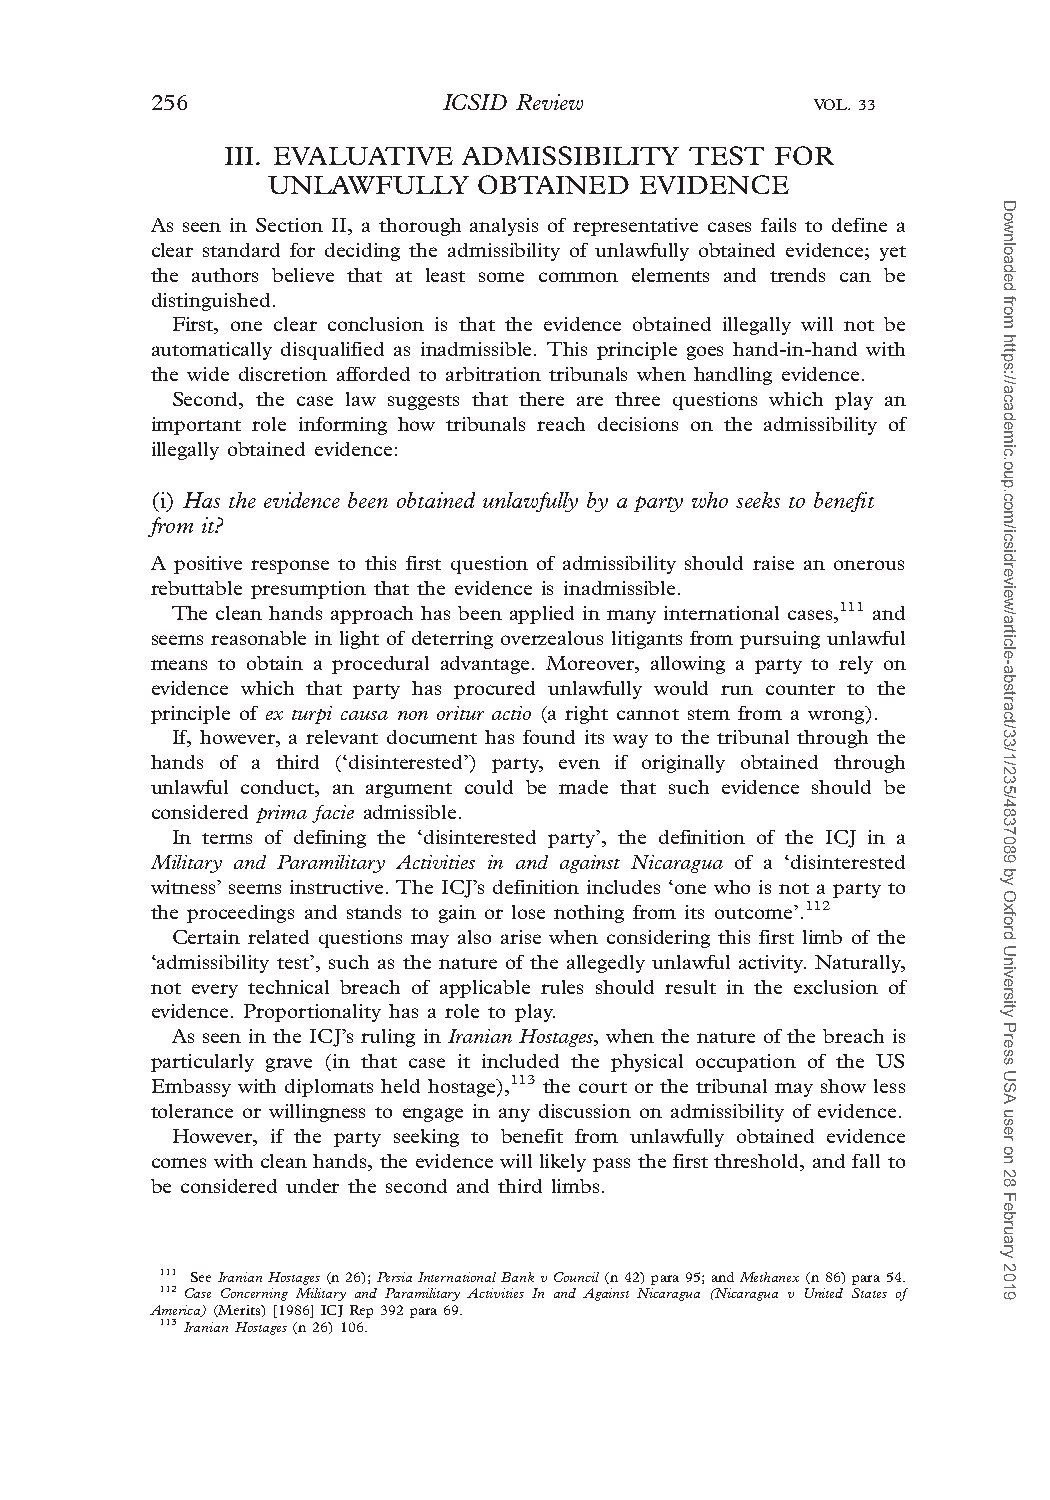
256                ICSID Review             VOL. 33
 III. EVALUATIVE ADMISSIBILITY  TEST FOR
 UNLAWFULLY    OBTAINED  EVIDENCE
 As seen in Section II, a thorough analysis of representative cases fails to define a
 clear standard for deciding the admissibility of unlawfully obtained evidence; yet
 the authors believe that at least some common elements and trends can be
 distinguished.
 First, one clear conclusion is that the evidence obtained illegally will not be
 automatically disqualified as inadmissible. This principle goes hand-in-hand with
 the wide discretion afforded to arbitration tribunals when handling evidence.
 Second, the case law suggests that there are three questions which play an
 important role informing how tribunals reach decisions on the admissibility of
 illegally obtained evidence:
 (i) Has the evidence been obtained unlawfully by a party who seeks to benefit
 from it?
 A positive response to this first question of admissibility should raise an onerous
 rebuttable presumption that the evidence is inadmissible.
 The clean hands approach has been applied in many international cases,111 and
 seems reasonable in light of deterring overzealous litigants from pursuing unlawful
 means to obtain a procedural advantage. Moreover, allowing a party to rely on
 evidence which that party has procured unlawfully would run counter to the
 principle of ex turpi causa non oritur actio (a right cannot stem from a wrong).
 If, however, a relevant document has found its way to the tribunal through the
 hands of a third (‘disinterested’) party, even if originally obtained through
 unlawful conduct, an argument could be made that such evidence should be
 considered prima facie admissible.
 In terms of defining the ‘disinterested party’, the definition of the ICJ in a
 Military and Paramilitary Activities in and against Nicaragua of a ‘disinterested
 witness’seems instructive. The ICJ’s definition includes ‘one who is not a party to
 the proceedings and stands to gain or lose nothing from its outcome’.112
 Certain related questions may also arise when considering this first limb of the
 ‘admissibility test’, such as the nature of the allegedly unlawful activity. Naturally,
 not every technical breach of applicable rules should result in the exclusion of
 evidence. Proportionality has a role to play.
 As seen in the ICJ’s ruling in Iranian Hostages, when the nature of the breach is
 particularly grave (in that case it included the physical occupation of the US
 Embassy with diplomats held hostage),113 the court or the tribunal may show less
 tolerance or willingness to engage in any discussion on admissibility of evidence.
 However, if the party seeking to benefit from unlawfully obtained evidence
 comes with clean hands, the evidence will likely pass the first threshold, and fall to
 be considered under the second and third limbs.
 111 SeeIranianHostages(n26);PersiaInternationalBankvCouncil(n42)para95;andMethanex(n86)para54.
 112 Case Concerning Military and Paramilitary Activities In and Against Nicaragua (Nicaragua v United States of
 America)(Merits)[1986]ICJRep392para69.
 113 IranianHostages(n26)106.
 Downloaded
 from
 https://academic.oup.com/icsidreview/article-abstract/33/1/235/4837089
 by
 Oxford
 University
 Press
 USA
 user
 on
 28
 February
 2019